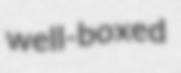
well-boxed